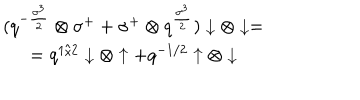
\begin{array} { c } { { ( q ^ { - { \frac { \sigma ^ { 3 } } { 2 } } } \otimes \sigma ^ { + } + \sigma ^ { + } \otimes q ^ { \frac { \sigma ^ { 3 } } { 2 } } ) \downarrow \otimes \downarrow = } } \\ { { = q ^ { 1 / 2 } \downarrow \otimes \uparrow + q ^ { - 1 / 2 } \uparrow \otimes \downarrow } } \\ \end{array}